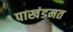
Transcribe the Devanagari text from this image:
पाखंडमत